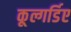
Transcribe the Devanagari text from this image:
कूल्गर्डिए